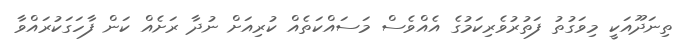
ތިނަދޫއަކީ މިވަގުތު ފަތުރުވެރިކަމުގެ އެއްވެސް މަސައްކަތެއް ކުރިއަށް ނުދާ ރަށެއް ކަން ފާހަގަކުރައްވާ